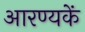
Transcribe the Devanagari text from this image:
आरण्यकें